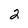
Character: 2